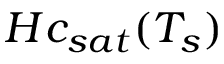
{ \cal H } c _ { s a t } ( T _ { s } )